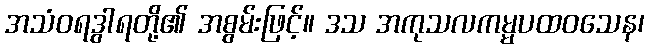
အသံဝရဒွါရတို့၏ အစွမ်းဖြင့်။ ဒသ အကုသလကမ္မပထဝသေန၊